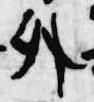
外